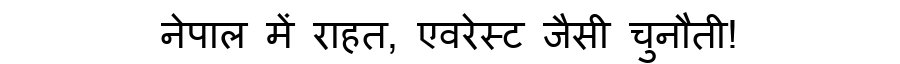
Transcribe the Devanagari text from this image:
नेपाल में राहत, एवरेस्ट जैसी चुनौती!